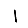
Digit: 1